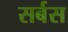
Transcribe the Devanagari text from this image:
सर्बस